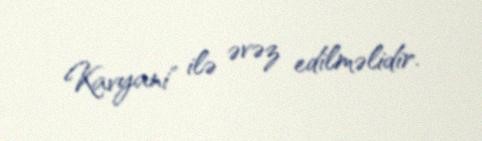
Kavyani" ilə əvəz edilməlidir.